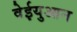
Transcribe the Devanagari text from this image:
वेईयुआन